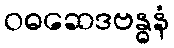
ဝဓဆေဒဗန္ဓနံ